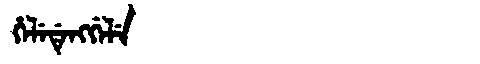
Manchu: ᡥᡝᠯᡝᡩᡝᠩᡤᡝᠯᡝ
Romanization: HELEDENGGELE